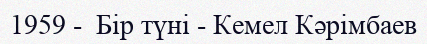
1959 -  Бір түні - Кемел Кәрімбаев